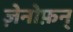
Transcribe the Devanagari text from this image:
ज़ेनोफ़न्